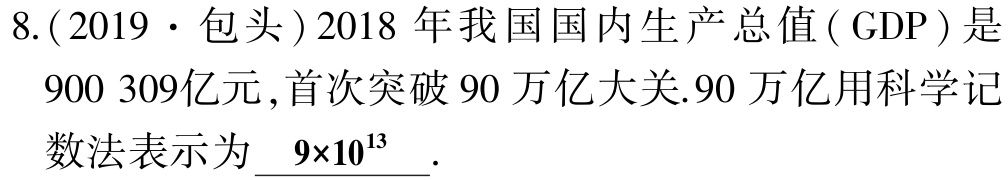
8.(2019·包头)2018年我国国内生产总值( GDP )是900 309亿元,首次突破90万亿大关.90万亿用科学记数法表示为$\underline{9\times10^{13}}$.